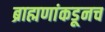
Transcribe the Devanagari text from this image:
ब्राह्मणांकडूनच